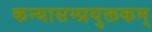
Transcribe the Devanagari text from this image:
कन्यासम्प्रयुक्तकम्